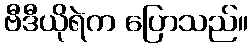
ဗီဒီယိုရဲက ပြောသည်။